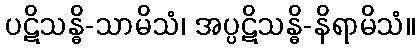
ပဋိသန္ဓိ-သာမိသံ၊ အပ္ပဋိသန္ဓိ-နိရာမိသံ။